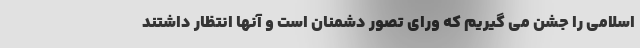
اسلامی را جشن می گیریم که ورای تصور دشمنان است و آنها انتظار داشتند